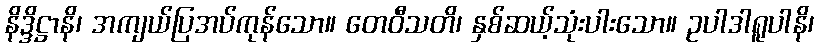
နိဒ္ဒိဋ္ဌာနိ၊ အကျယ်ပြအပ်ကုန်သော။ တေဝီသတိ၊ နှစ်ဆယ့်သုံးပါးသော။ ဥပါဒါရူပါနိ၊